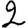
Digit: 2